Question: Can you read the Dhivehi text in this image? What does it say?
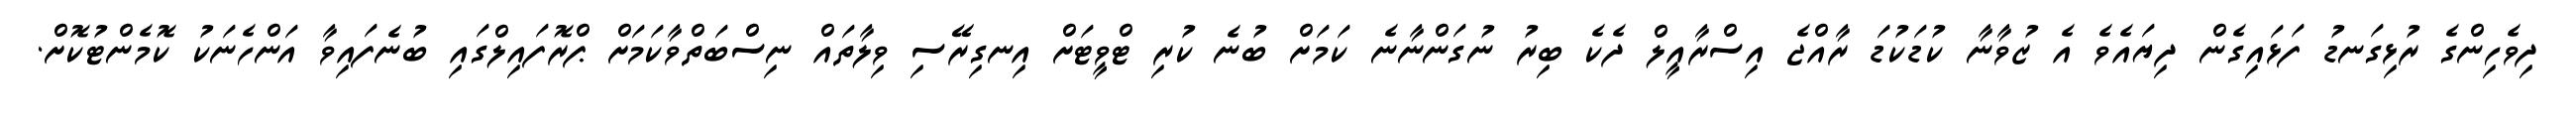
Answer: ދިވެހިންގެ ރުޅިގަނޑު ފަޅައިގެން ދިޔައެވެ އެ ޒުވާނާ ކުޑަކުޑަ ރާއްޖެ އިސްރާއީލް ދެކެ ބިރު ނުގަންނާނެ ކަމަށް ބުނެ ކުރި ޓްވީޓަށް އިނގިރޭސި ވިލާތައް ނިސްބަތްވާކަމަށް ޕްރޮފައިލްގައި ބުނެފައިވާ އަންހެނަކު ކޮމެންޓުކޮށް.